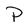
Character: P